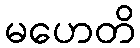
မဟေတိ